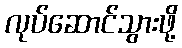
လုပ်ဆောင်သွားဖို့